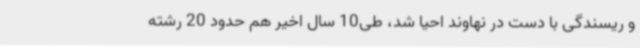
و ریسندگی با دست در نهاوند احیا شد، طی10 سال اخیر هم حدود 20 رشته